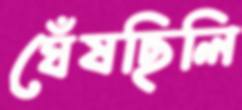
ঘেঁষছিলি